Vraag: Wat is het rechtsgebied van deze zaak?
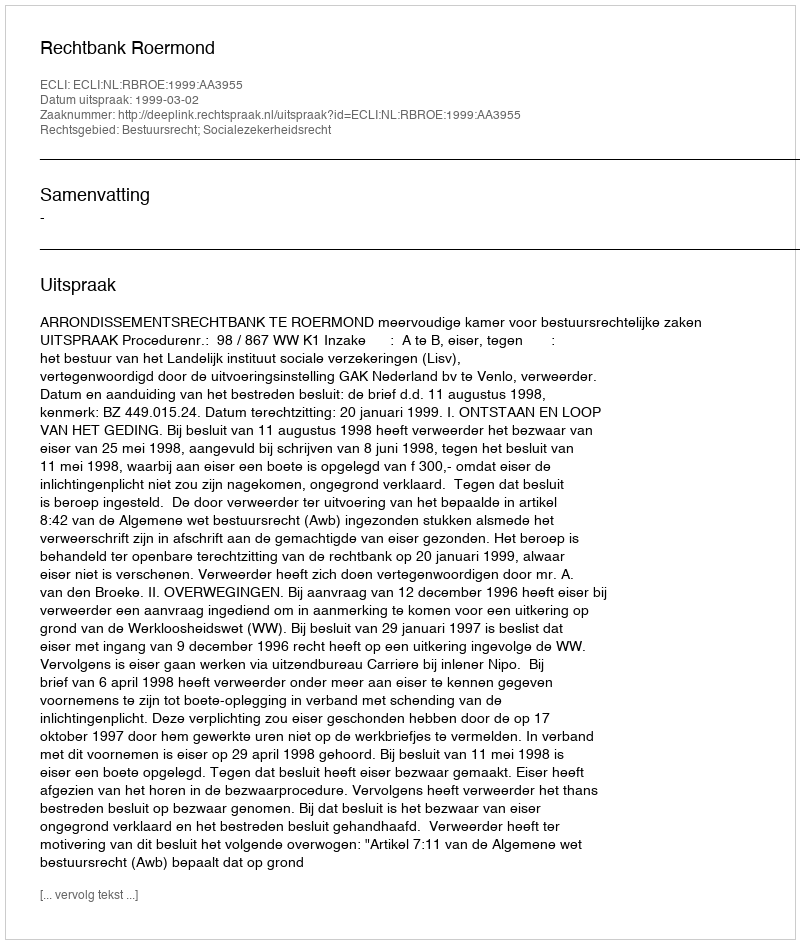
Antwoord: Bestuursrecht; Socialezekerheidsrecht